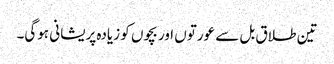
تین طلاق بل سے عورتوں اور بچوں کو زیادہ پریشانی ہوگی۔